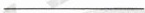
___